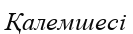
Қалемшесі